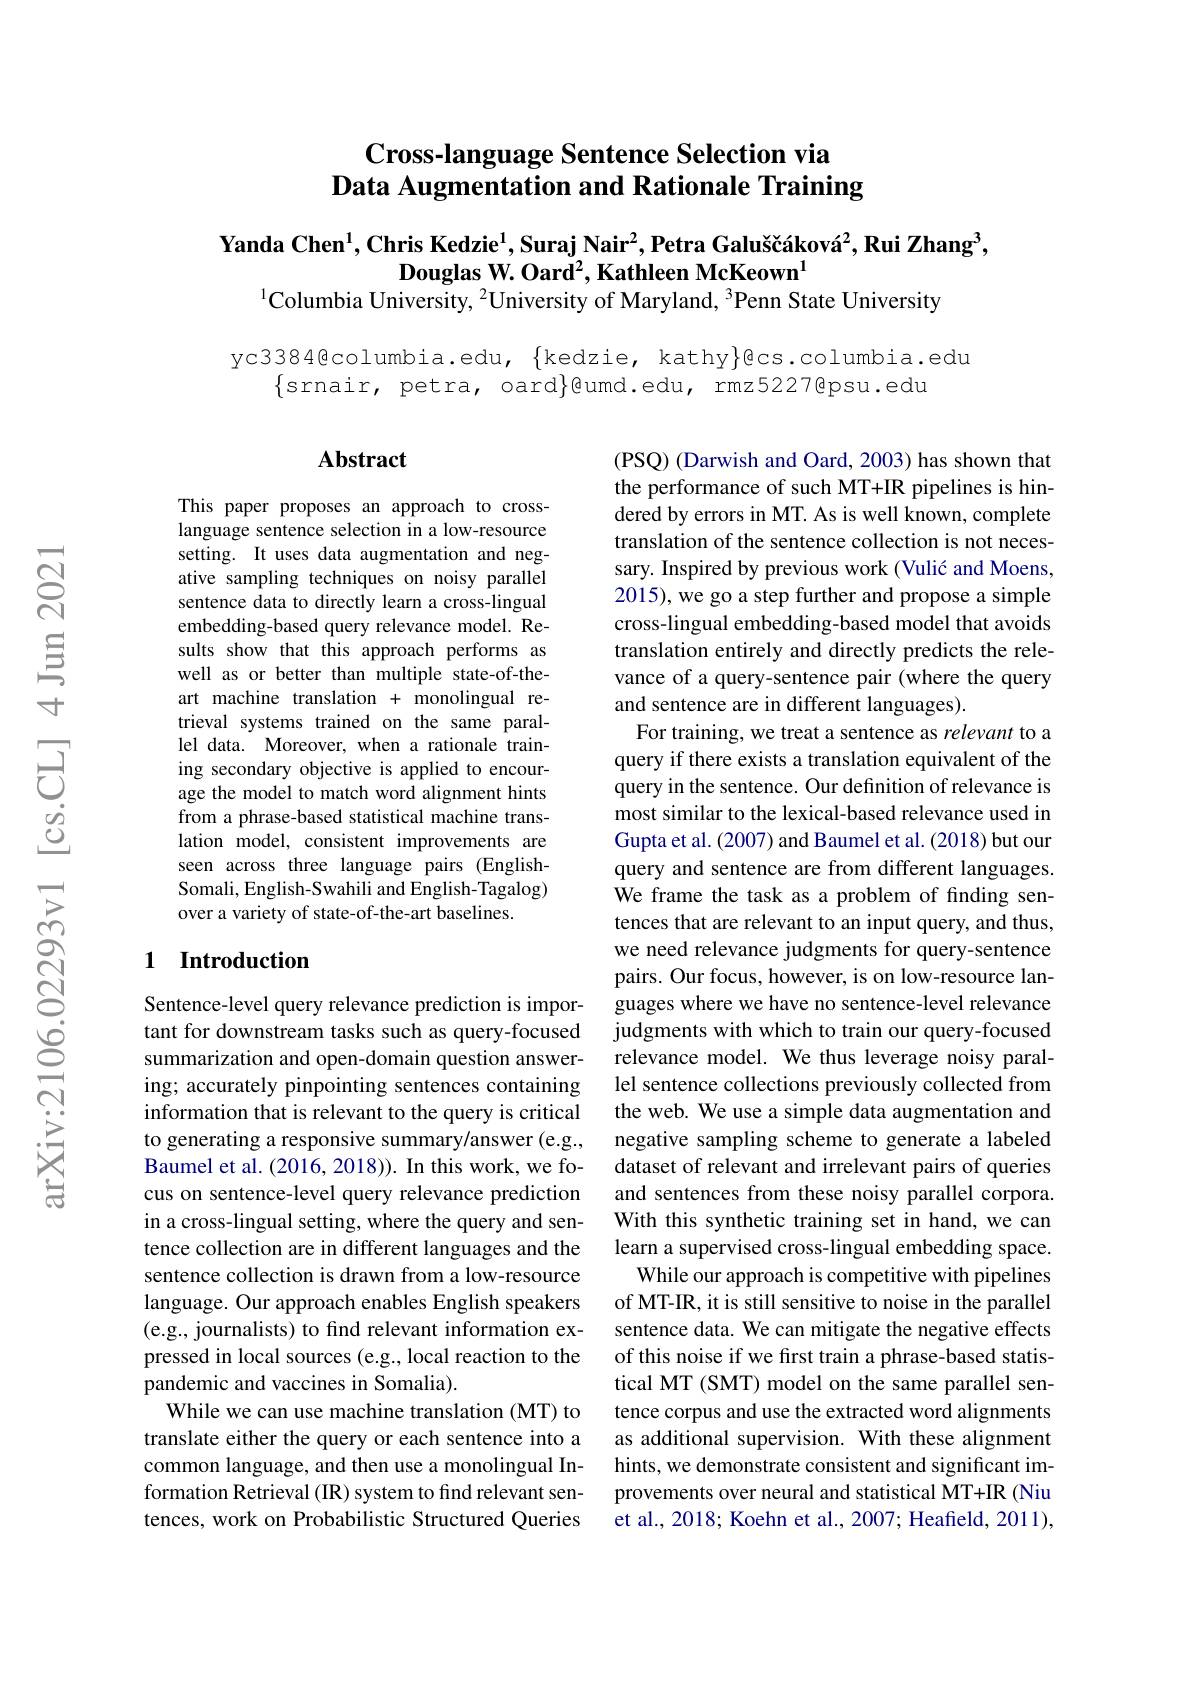
## Cross-language Sentence Selection via Data Augmentation and Rationale Training

Yanda Chen$^1,\textbf{Chris Kedzie}^1$,Suraj Nair$^2,\text{Petra Galu\v{s}č\'{a}kov\'{a}}^2,\textbf{Rui Zhang}^3$,
Douglas W. Oard$^2$, Kathleen McKeown$^{1}$
$^{1}$Columbia University, $^{2}$University of Maryland, $^{3}$Penn State University

yc3384@columbia.edu, $\{$kedzie, kathy$\}$gcs.columbia.edu
$\{$srnair, petra, oard$\}$@umd.edu, rmz5227@psu.edu

### $\mathbf{Abstract}$

This paper proposes an approach to crosslanguage sentence selection in a low-resource setting. It uses data augmentation and negative sampling techniques on noisy parallel sentence data to directly learn a cross-lingual embedding-based query relevance model. Results show that this approach performs as well as or better than multiple state-of-theart machine translation + monolingual retrieval systems trained on the same parallel data. Moreover, when a rationale training secondary objective is applied to encourage the model to match word alignment hints from a phrase-based statistical machine translation model, consistent improvements are seen across three language pairs (EnglishSomali, English-Swahili and English-Tagalog) over a variety of state-of-the-art baselines.

### 1 Introduction

(PSQ) (Darwish and Oard, 2003) has shown that the performance of such MT+IR pipelines is hindered by errors in MT. As is well known, complete translation of the sentence collection is not necessary. Inspired by previous work (Vulić and Moens, 2015), we go a step further and propose a simple cross-lingual embedding-based model that avoids translation entirely and directly predicts the relevance of a query-sentence pair (where the query and sentence are in different languages).
For training, we treat a sentence as relevant to a query if there exists a translation equivalent of the query in the sentence. Our definition of relevance is most similar to the lexical-based relevance used in Gupta et al. (2007) and Baumel et al. (2018) but our query and sentence are from different languages. We frame the task as a problem of finding sentences that are relevant to an input query, and thus, we need relevance judgments for query-sentence pairs. Our focus, however, is on low-resource languages where we have no sentence-level relevance judgments with which to train our query-focused relevance model. We thus leverage noisy parallel sentence collections previously collected from the web. We use a simple data augmentation and negative sampling scheme to generate a labeled dataset of relevant and irrelevant pairs of queries and sentences from these noisy parallel corpora. With this synthetic training set in hand, we can learn a supervised cross-lingual embedding space.
While our approach is competitive with pipelines of MT-IR, it is still sensitive to noise in the parallel sentence data. We can mitigate the negative effects of this noise if we frst train a phrase-based statistical MT (SMT) model on the same parallel sentence corpus and use the extracted word alignments as additional supervision. With these alignment hints, we demonstrate consistent and significant improvements over neural and statistical MT+IR (Niu et al., 2018; Koehn et al., 2007; Heafield, 2011),

Sentence-level query relevance prediction is important for downstream tasks such as query-focused summarization and open-domain question answering; accurately pinpointing sentences containing information that is relevant to the query is critical to generating a responsive summary/answer (e.g., Baumel et al. (2016, 2018)). In this work, we focus on sentence-level query relevance prediction in a cross-lingual setting, where the query and sentence collection are in different languages and the sentence collection is drawn from a low-resource language. Our approach enables English speakers (e.g., journalists) to find relevant information expressed in local sources (e.g., local reaction to the pandemic and vaccines in Somalia).
While we can use machine translation (MT) to translate either the query or each sentence into a common language, and then use a monolingual Information Retrieval (IR) system to find relevant sentences, work on Probabilistic Structured Queries